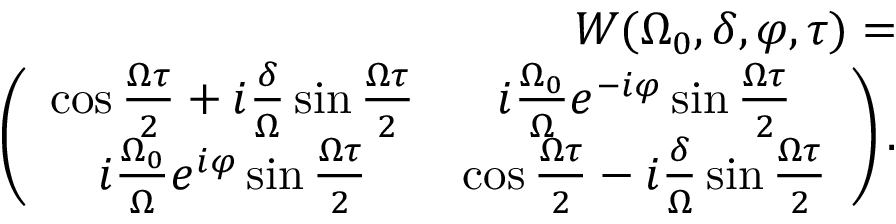
\begin{array} { r } { W ( \Omega _ { 0 } , \delta , \varphi , \tau ) = } \\ { \quad \left( \begin{array} { c c } { \cos { \frac { \Omega \tau } { 2 } } + i \frac { \delta } { \Omega } \sin { \frac { \Omega \tau } { 2 } } } & { i \frac { \Omega _ { 0 } } { \Omega } e ^ { - i \varphi } \sin { \frac { \Omega \tau } { 2 } } } \\ { i \frac { \Omega _ { 0 } } { \Omega } e ^ { i \varphi } \sin { \frac { \Omega \tau } { 2 } } } & { \cos { \frac { \Omega \tau } { 2 } } - i \frac { \delta } { \Omega } \sin { \frac { \Omega \tau } { 2 } } } \end{array} \right) . } \end{array}